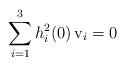
LaTeX: \begin{align*} \sum_{i=1}^{3} h_i^2(0) \, \mathrm{v}_i =0\end{align*}